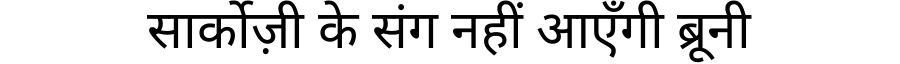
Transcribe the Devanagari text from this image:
सार्कोज़ी के संग नहीं आएँगी ब्रूनी